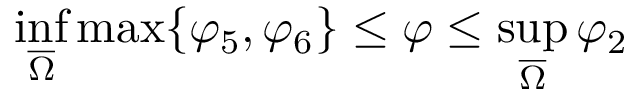
\operatorname* { i n f } _ { \overline { { \Omega } } } \operatorname* { m a x } \{ \varphi _ { 5 } , \varphi _ { 6 } \} \leq \varphi \leq \operatorname* { s u p } _ { \overline { { \Omega } } } \varphi _ { 2 }